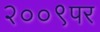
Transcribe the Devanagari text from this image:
२००९पर